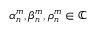
\alpha _ { n } ^ { m } , \beta _ { n } ^ { m } , \rho _ { n } ^ { m } \in \mathbb C